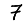
Digit: 7